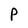
Character: P